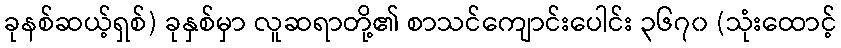
ခုနစ်ဆယ့်ရှစ်) ခုနှစ်မှာ လူဆရာတို့၏ စာသင်ကျောင်းပေါင်း ၃၆၇၀ (သုံးထောင့်